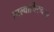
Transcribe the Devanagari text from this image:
आल्वार्थिरुनगर